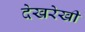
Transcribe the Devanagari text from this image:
देखरेखी